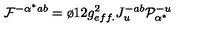
{ \cal F } ^ { - \alpha ^ { * } a b } = \o { 1 } { 2 } g _ { e f f . } ^ { 2 } J _ { u } ^ { - a b } { \cal P } _ { \alpha ^ { * } } ^ { - u }